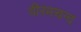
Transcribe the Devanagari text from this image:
वीरमचन्द